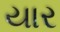
યાર